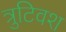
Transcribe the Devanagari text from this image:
त्रुटिवश